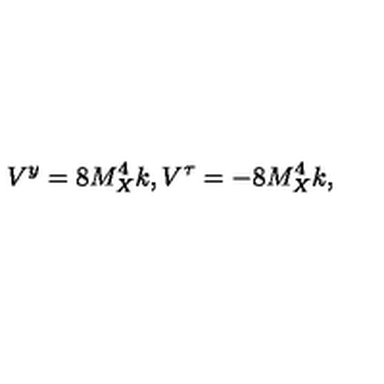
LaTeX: V ^ { y } = 8 M _ { X } ^ { 4 } k , V ^ { \tau } = - 8 M _ { X } ^ { 4 } k , \,